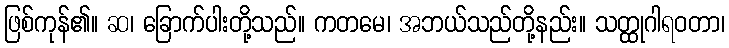
ဖြစ်ကုန်၏။ ဆ၊ ခြောက်ပါးတို့သည်။ ကတမေ၊ အဘယ်သည်တို့နည်း။ သတ္ထုဂါရဝတာ၊